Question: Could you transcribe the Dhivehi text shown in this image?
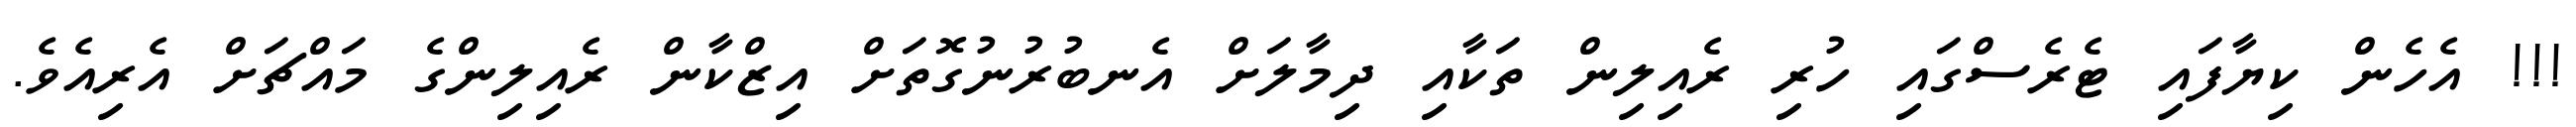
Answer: !!! އެހެން ކިޔާފައި ޓެރެސްގައި ހުރި ރެއިލިން ތަކާއި ދިމާލަށް އެނބުރުނުގޮތަށް އިޒްކާން ރެއިލިންގެ މައްޗަށް އެރިއެވެ.